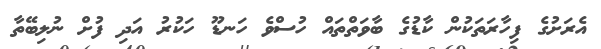
އެރަށުގެ ފިހާރަތަކުން ކާޑުގެ ބާވަތްތައް ހުސްވެ ހަނޑޫ ހަކުރު އަދި ފުށް ނުލިބޭތާ